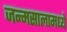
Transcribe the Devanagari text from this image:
जन्मसालामध्ये